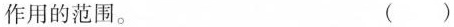
作用的范围。 ( )